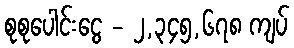
စုစုပေါင်းငွေ - ၂,၃၄၅,၆၇၈ ကျပ်